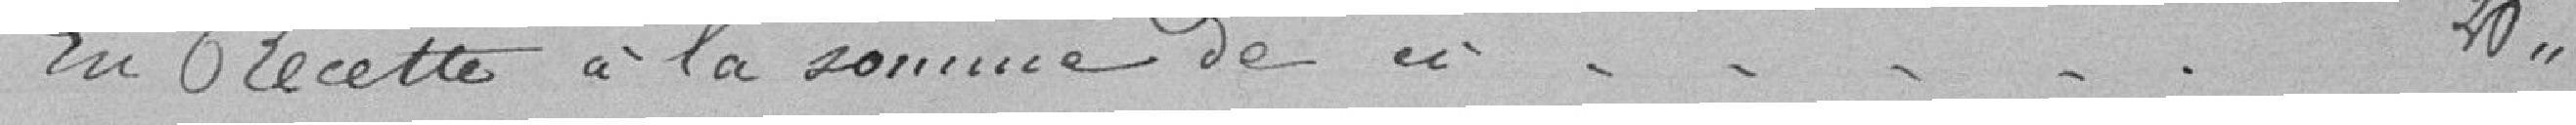
En Recette à la somme de  // -----                    20//